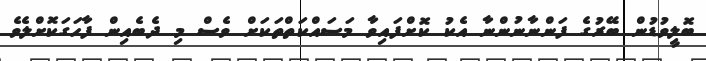
ބޮލީވުޑުން ބޭރުގެ ފަންނާނުންނާ އެކު ކޮށްފައިވާ މަސައްކަތްތަކަށް ވެސް މި ދެބެއިން ފާހަގަކޮށްލެވެ